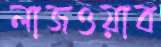
লাজওয়াব